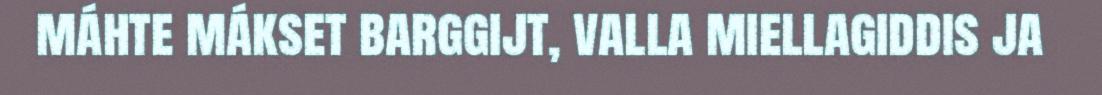
máhte mákset barggijt, valla miellagiddis ja